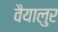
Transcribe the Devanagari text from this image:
वैयालुर